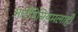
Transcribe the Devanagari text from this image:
आर्टेमिसियमलाही